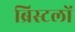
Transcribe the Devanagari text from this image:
ब्रिस्टलों